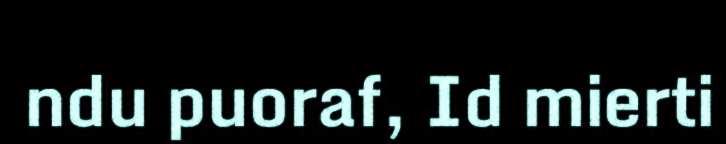
ndu puoraf, Id mierti